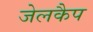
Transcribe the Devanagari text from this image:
जेलकैप